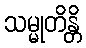
သမ္မုတိန္တိ